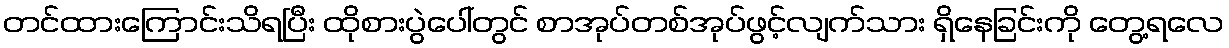
တင်ထားကြောင်းသိရပြီး ထိုစားပွဲပေါ်တွင် စာအုပ်တစ်အုပ်ဖွင့်လျက်သား ရှိနေခြင်းကို တွေ့ရလေ